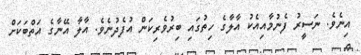
އިނެވެ. ނަސީރު ފެނުމާއިއެކު އާލާގެ ހިތުގައި ބިރުވެރިކަން އުފެދުނެވެ. އާލާ އޭނާގެ އަތްބަކަށް